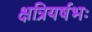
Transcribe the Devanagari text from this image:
क्षत्रियर्षभः